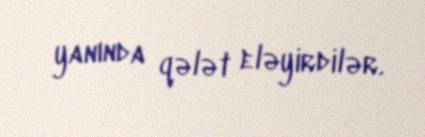
yanında qələt eləyirdilər.